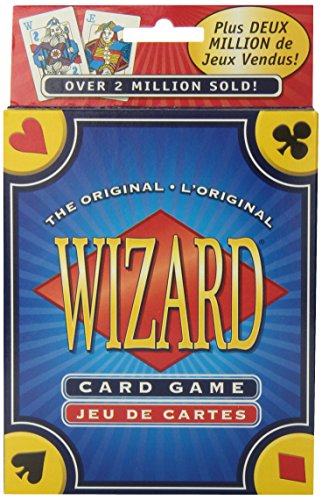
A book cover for Wizard Card Game; Ken Fisher; Humor & Entertainment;